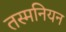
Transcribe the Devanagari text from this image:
तस्मनियन